Lunatic asylums Punjab 1868-1880 - 1868-1880
Year: 1868
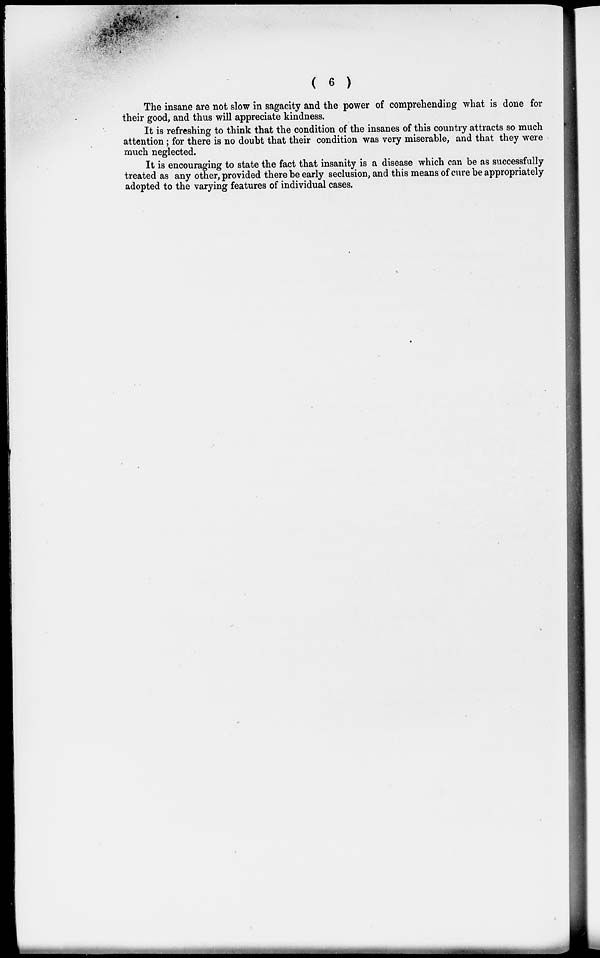
( 6 )
The insane are not slow in sagacity and the power of comprehending what is done for
their good, and thus will appreciate kindness.
It is refreshing to think that the condition of the insanes of this country attracts so much
attention; for there is no doubt that their condition was very miserable, and that they were
much neglected.
It is encouraging to state the fact that insanity is a disease which can be as successfully
treated as any other, provided there be early seclusion, and this means of cure be appropriately
adopted to the varying features of individual cases.